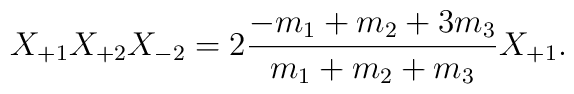
X_{+1} X_{+2} X_{-2} = 2 \frac{-m_1 + m_2 + 3m_3}{m_1 + m_2 + m_3}X_{+1}.